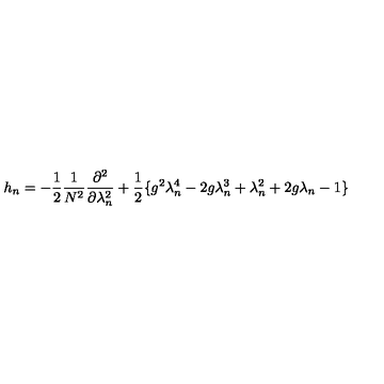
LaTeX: h _ { n } = - \frac { 1 } { 2 } \frac { 1 } { N ^ { 2 } } \frac { \partial ^ { 2 } } { \partial \lambda _ { n } ^ { 2 } } + \frac { 1 } { 2 } \{ g ^ { 2 } \lambda _ { n } ^ { 4 } - 2 g \lambda _ { n } ^ { 3 } + \lambda _ { n } ^ { 2 } + 2 g \lambda _ { n } - 1 \}